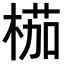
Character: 𣖚